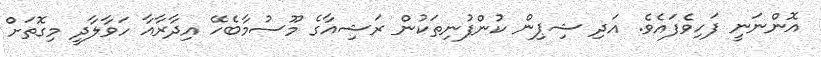
އޮންނަނީ ފަހިވެފައެވެ. އަދި ޝިޕިން ކުންފުނިތަކުން ރަޝިއާގެ މޫސުމާބެހޭ އިދާރާއާ ހަވާލާދީ މިގޮތަށް